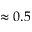
\approx 0 . 5